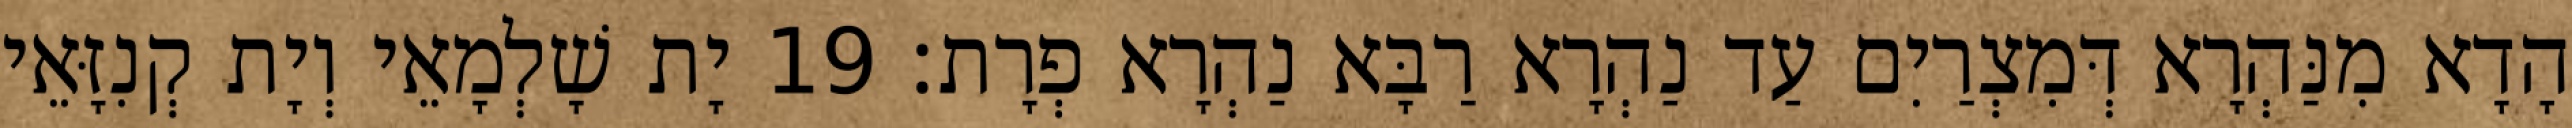
הָדָא מִנַּהְרָא דְּמִצְרַיִם עַד נַהְרָא רַבָּא נַהְרָא פְרָת׃ 19 יָת שָׁלְמָאֵי וְיָת קְנִזָּאֵי